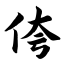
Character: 侉